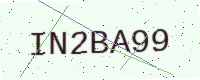
Text: IN2BA99